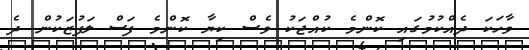
ވާހަކަ ދެއްކުމުގައި ކޮންމެ ކުއްޖަކު ވެސް ކިޔާ ކޮންމެ ފަސް ލަފުޒަކުން ދެ